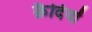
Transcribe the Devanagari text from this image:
कै़दियों